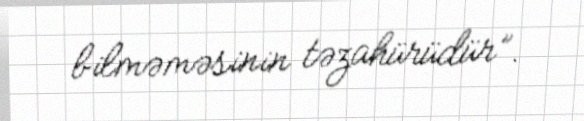
bilməməsinin təzahürüdür”.